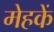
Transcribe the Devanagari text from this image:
मेहकें